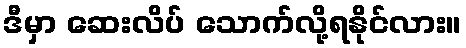
ဒီမှာ ဆေးလိပ် သောက်လို့ရနိုင်လား။